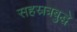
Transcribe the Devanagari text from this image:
सहस्रत्रबुद्धे